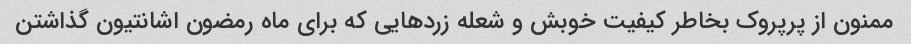
ممنون از پرپروک بخاطر کیفیت خوبش و شعله زردهایی که برای ماه رمضون اشانتیون گذاشتن